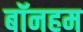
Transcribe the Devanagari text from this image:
बॉनहम